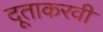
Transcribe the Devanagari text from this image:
दूताकरवी